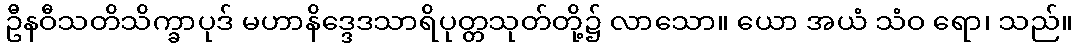
ဦနဝီသတိသိက္ခာပုဒ် မဟာနိဒ္ဒေဒသာရိပုတ္တသုတ်တို့၌ လာသော။ ယော အယံ သံဝ ရော၊ သည်။